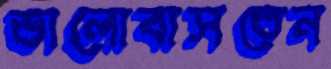
ভালোবাসতেন